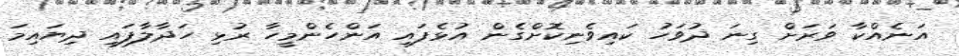
އަނެއްކާ ވަރަށް ގިނަ ދުވަހު ކައިވެނިކޮށްގެން އުޅެފައި އަންހެންމީހާ ރުޅި ހަދާލާފައި ދިޔައިމަ